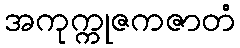
အကုက္ကုဇကဇာတံ